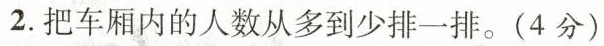
2.把车厢内的人数从多到少排一排。(4分)